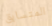
المتسابق